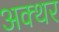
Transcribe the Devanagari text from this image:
अक्थर